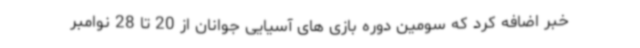
خبر اضافه کرد که سومین دوره بازی های آسیایی جوانان از 20 تا 28 نوامبر